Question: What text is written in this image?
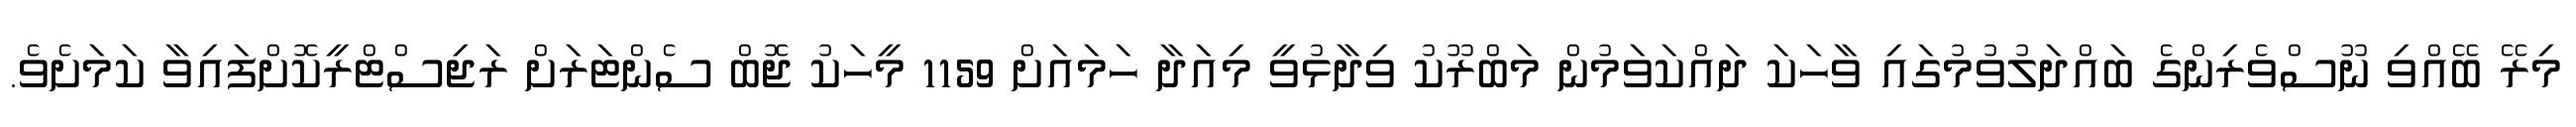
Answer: މިރޭ ބޭއްވި ނޫސްވެރިންގެ ބައްދަލުވުމުގައި ވާހަކަ ދައްކަވަމުން މަބްރޫކު ވިދާޅުވީ މިއަދާ ހަމައަށް 1159 މީހަކު ޖޮބް ސެންޓަރަށް ރަޖިސްޓްރީކޮށްފައިވާ ކަމަށެވެ.